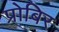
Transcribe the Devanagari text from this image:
प्रोबिर